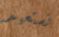
نستعيد